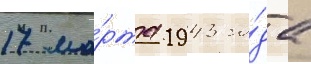
17 ма́рта 1943 го́да